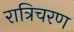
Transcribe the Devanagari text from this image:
रात्रिचरण